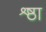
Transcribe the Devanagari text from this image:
श्र्ष्ठा